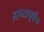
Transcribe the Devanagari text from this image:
होण्यापूर्वीचा